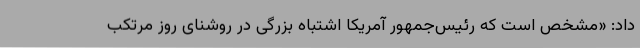
داد: «مشخص است که رئیس‌جمهور آمریکا اشتباه بزرگی در روشنای روز مرتکب